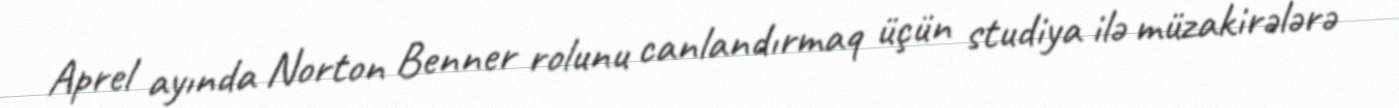
Aprel ayında Norton Benner rolunu canlandırmaq üçün studiya ilə müzakirələrə